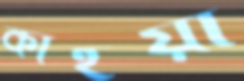
কাঁইয়া